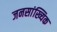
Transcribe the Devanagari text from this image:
जनसांख्यिक